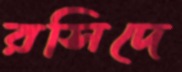
রসিদে